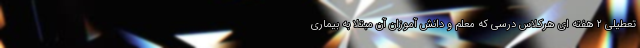
تعطیلی ۲ هفته ای هرکلاس درسی که معلم و دانش آموزان آن مبتلا به بیماری